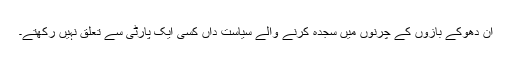
ان دھوکے بازوں کے چرنوں میں سجدہ کرنے والے سیاست داں کسی ایک پارٹی سے تعلق نہیں رکھتے۔